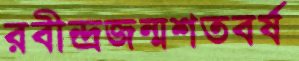
রবীন্দ্রজন্মশতবর্ষ